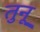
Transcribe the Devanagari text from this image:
तुनू